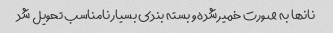
نانها به صورت خمیر شده و بسته بندی بسیار نامناسب تحویل شد